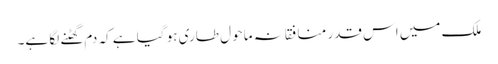
ملک میں اس قدر منافقانہ ماحو ل طاری ہو گیا ہے کہ دم گھٹنے لگا ہے۔